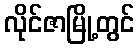
လိုင်ဇာမြို့တွင်